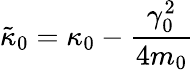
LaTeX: \tilde{\kappa}_{0}=\kappa_{0}-\frac{\gamma_{0}^{2}}{4m_{0}}